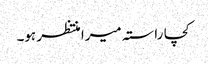
کچا راستہ میرا منتظر ہو۔